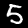
Label: 5